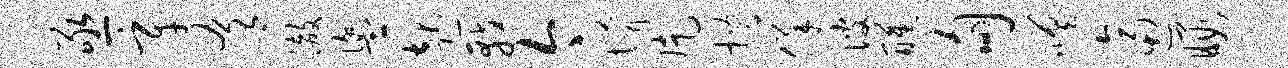
亟辛肴澈盥起戟今懵片措佯彼醺甸嗟逼暇